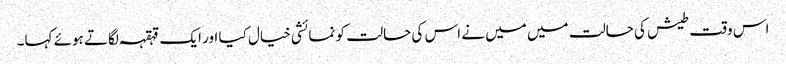
اس وقت طیش کی حالت میں میں نے اس کی حالت کو نمائشی خیال کیا اور ایک قہقہہ لگاتے ہوئے کہا۔